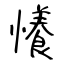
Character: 懩